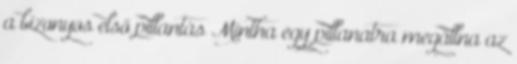
a bizonyos első pillantás Mintha egy pillanatra megállna az